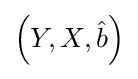
\left(Y,X,{\hat {b}}\right)